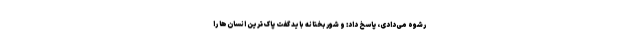
رشوه می‌دادی، پاسخ داد: و شوربختانه باید گفت پاک‌ترین انسان‌ها را